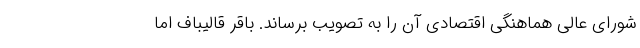
شورای عالی هماهنگی اقتصادی آن را به تصویب برساند. باقر قالیباف اما